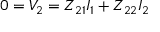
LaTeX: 0 = V _ { 2 } = Z _ { 2 1 } I _ { 1 } + Z _ { 2 2 } I _ { 2 }